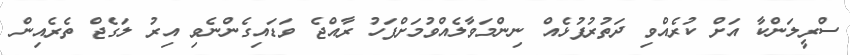
ސްރީލަންކާ އަށް ކުރެއްވި ދަތުރުފުޅެއް ނިންމަވާލެއްވުމަށްފަހު ރާއްޖެ ވަޑައިގެންނެވި އިރު ލަގެޖް ތެރެއިން